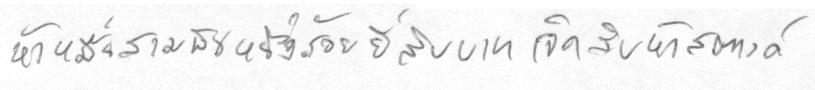
ห้าหมื่นสามพันหนึ่งร้อยยี่สิบบาทเจ็ดสิบห้าสตางค์